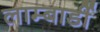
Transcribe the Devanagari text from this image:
लाम्बार्डी